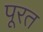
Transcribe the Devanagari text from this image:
पूरत